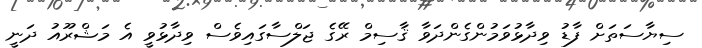
ސިޔާސަތަށް ފާޑު ވިދާޅުވަމުންގެންދަވާ ޤާސިމް ރޭގެ ޖަލްސާގައިވެސް ވިދާޅުވީ އެ މަޝްރޫއު ދަނީ